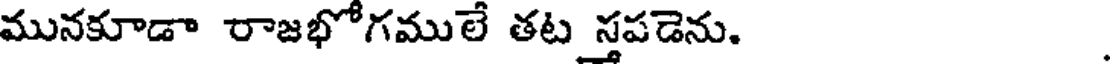
మునకూడా రాజభోగములే తట స్తపడెను.